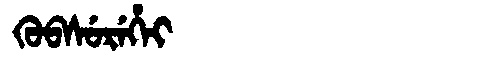
Manchu: ᡴᡠᠪᠰᡠᡵᡝᡥᡝᡳ
Romanization: KUBSUREHEI